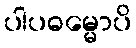
ပါပဓမ္မောပိ